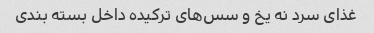
غذای سرد نه یخ و سس‌های ترکیده داخل بسته بندی